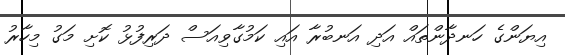
އިޔަންގެ ހަނދާންތައް އަދި އަނބުރާ އައި ކަމުގާވިއަސް ދަރިފުޅު ކޮށި މަގު މިހާރު